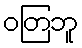
ဝတြဘူ